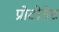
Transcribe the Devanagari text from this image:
प्रोटोनेट